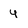
Character: 4